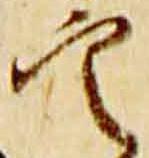
定